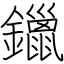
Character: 鑞